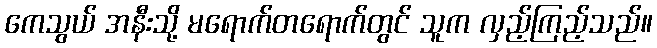
ကေသွယ် အနီးသို့ မရောက်တရောက်တွင် သူက လှည့်ကြည့်သည်။